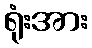
ရုံးအား